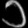
Digit: ၁